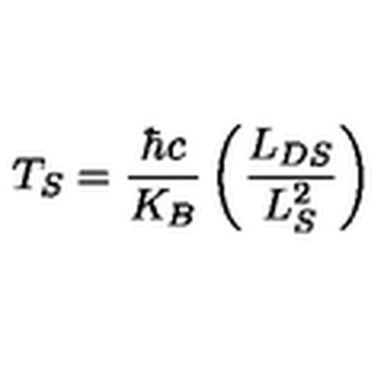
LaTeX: T _ { S } = \frac { \hbar c } { K _ { B } } \left( \frac { L _ { D S } } { L _ { S } ^ { 2 } } \right)